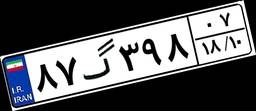
۷۵گ۳۷۰۴۰